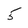
Character: 5